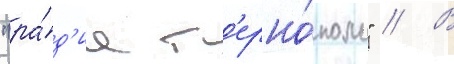
"ра́д'ио т'ерно́поль" // В